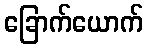
ခြောက်ယောက်